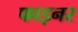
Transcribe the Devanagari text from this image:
फाइनर